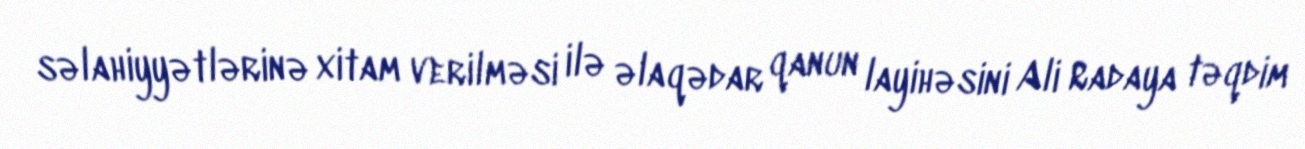
səlahiyyətlərinə xitam verilməsi ilə əlaqədar qanun layihəsini Ali Radaya təqdim